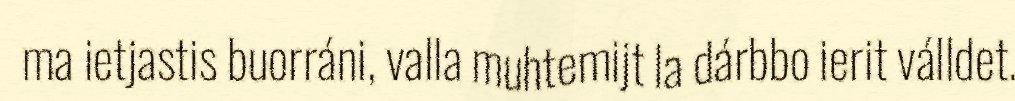
ma ietjastis buorráni, valla muhtemijt la dárbbo ierit válldet.